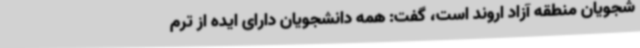
شجویان منطقه آزاد اروند است، گفت: همه دانشجویان دارای ایده از ترم